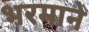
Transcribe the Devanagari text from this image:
भरमाने